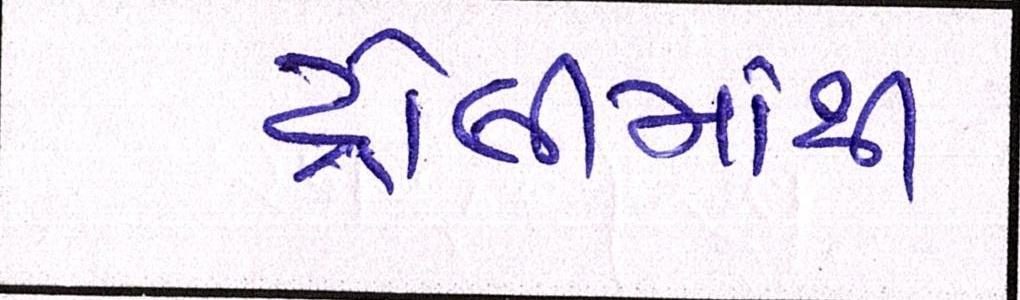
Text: ટ્રોલીમાંથી